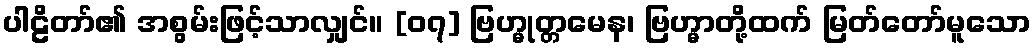
ပါဠိတာ်၏ အစွမ်းဖြင့်သာလျှင်။ [၀၇] ဗြဟ္မုတ္တမေန၊ ဗြဟ္မာတို့ထက် မြတ်တော်မူသော